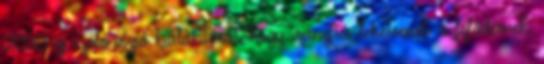
2050-ig szóló vízió kialakítását, hogy irányítói lehessenek a fejlődésnek,